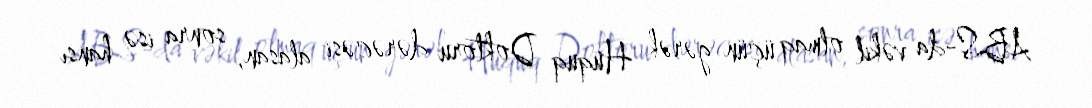
ABS-da vəkil olmaq üçün gərək Hüquq Doktoru dərəcəsi alasan, sonra isə hansı